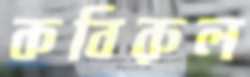
কবিরুল